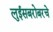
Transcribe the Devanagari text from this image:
लुईसबरोबरचे